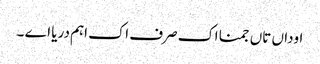
اوداں تاں جمنا اک صرف اک اہم دریا اے ۔